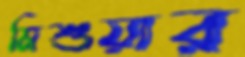
মিশুয়ার